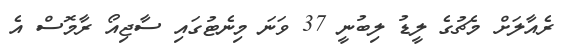
ރެއާލަށް މެޗުގެ ލީޑު ލިބުނީ 37 ވަނަ މިނެޓުގައި ސާޖިއޯ ރާމޮސް އެ